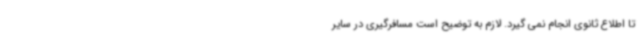
تا اطلاع ثانوی انجام نمی گیرد. لازم به توضیح است مسافرگیری در سایر